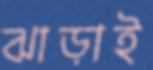
ঝাড়াই